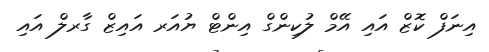
އިނަފް ކޮޒް އައި އޭމް ލުކިންގް އިންޓް ޔުއަރ އައިޒް ގާރލް އައި